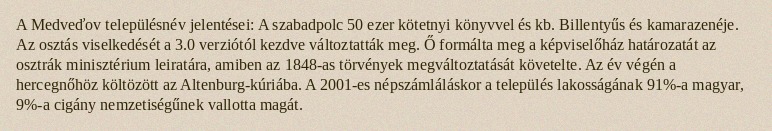
A Medveďov településnév jelentései: A szabadpolc 50 ezer kötetnyi könyvvel és kb. Billentyűs és kamarazenéje. Az osztás viselkedését a 3.0 verziótól kezdve változtatták meg. Ő formálta meg a képviselőház határozatát az osztrák minisztérium leiratára, amiben az 1848-as törvények megváltoztatását követelte. Az év végén a hercegnőhöz költözött az Altenburg-kúriába. A 2001-es népszámláláskor a település lakosságának 91%-a magyar, 9%-a cigány nemzetiségűnek vallotta magát.